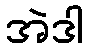
အဲဒါ